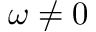
\omega \neq 0